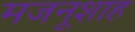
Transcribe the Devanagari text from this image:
मजनूशाह